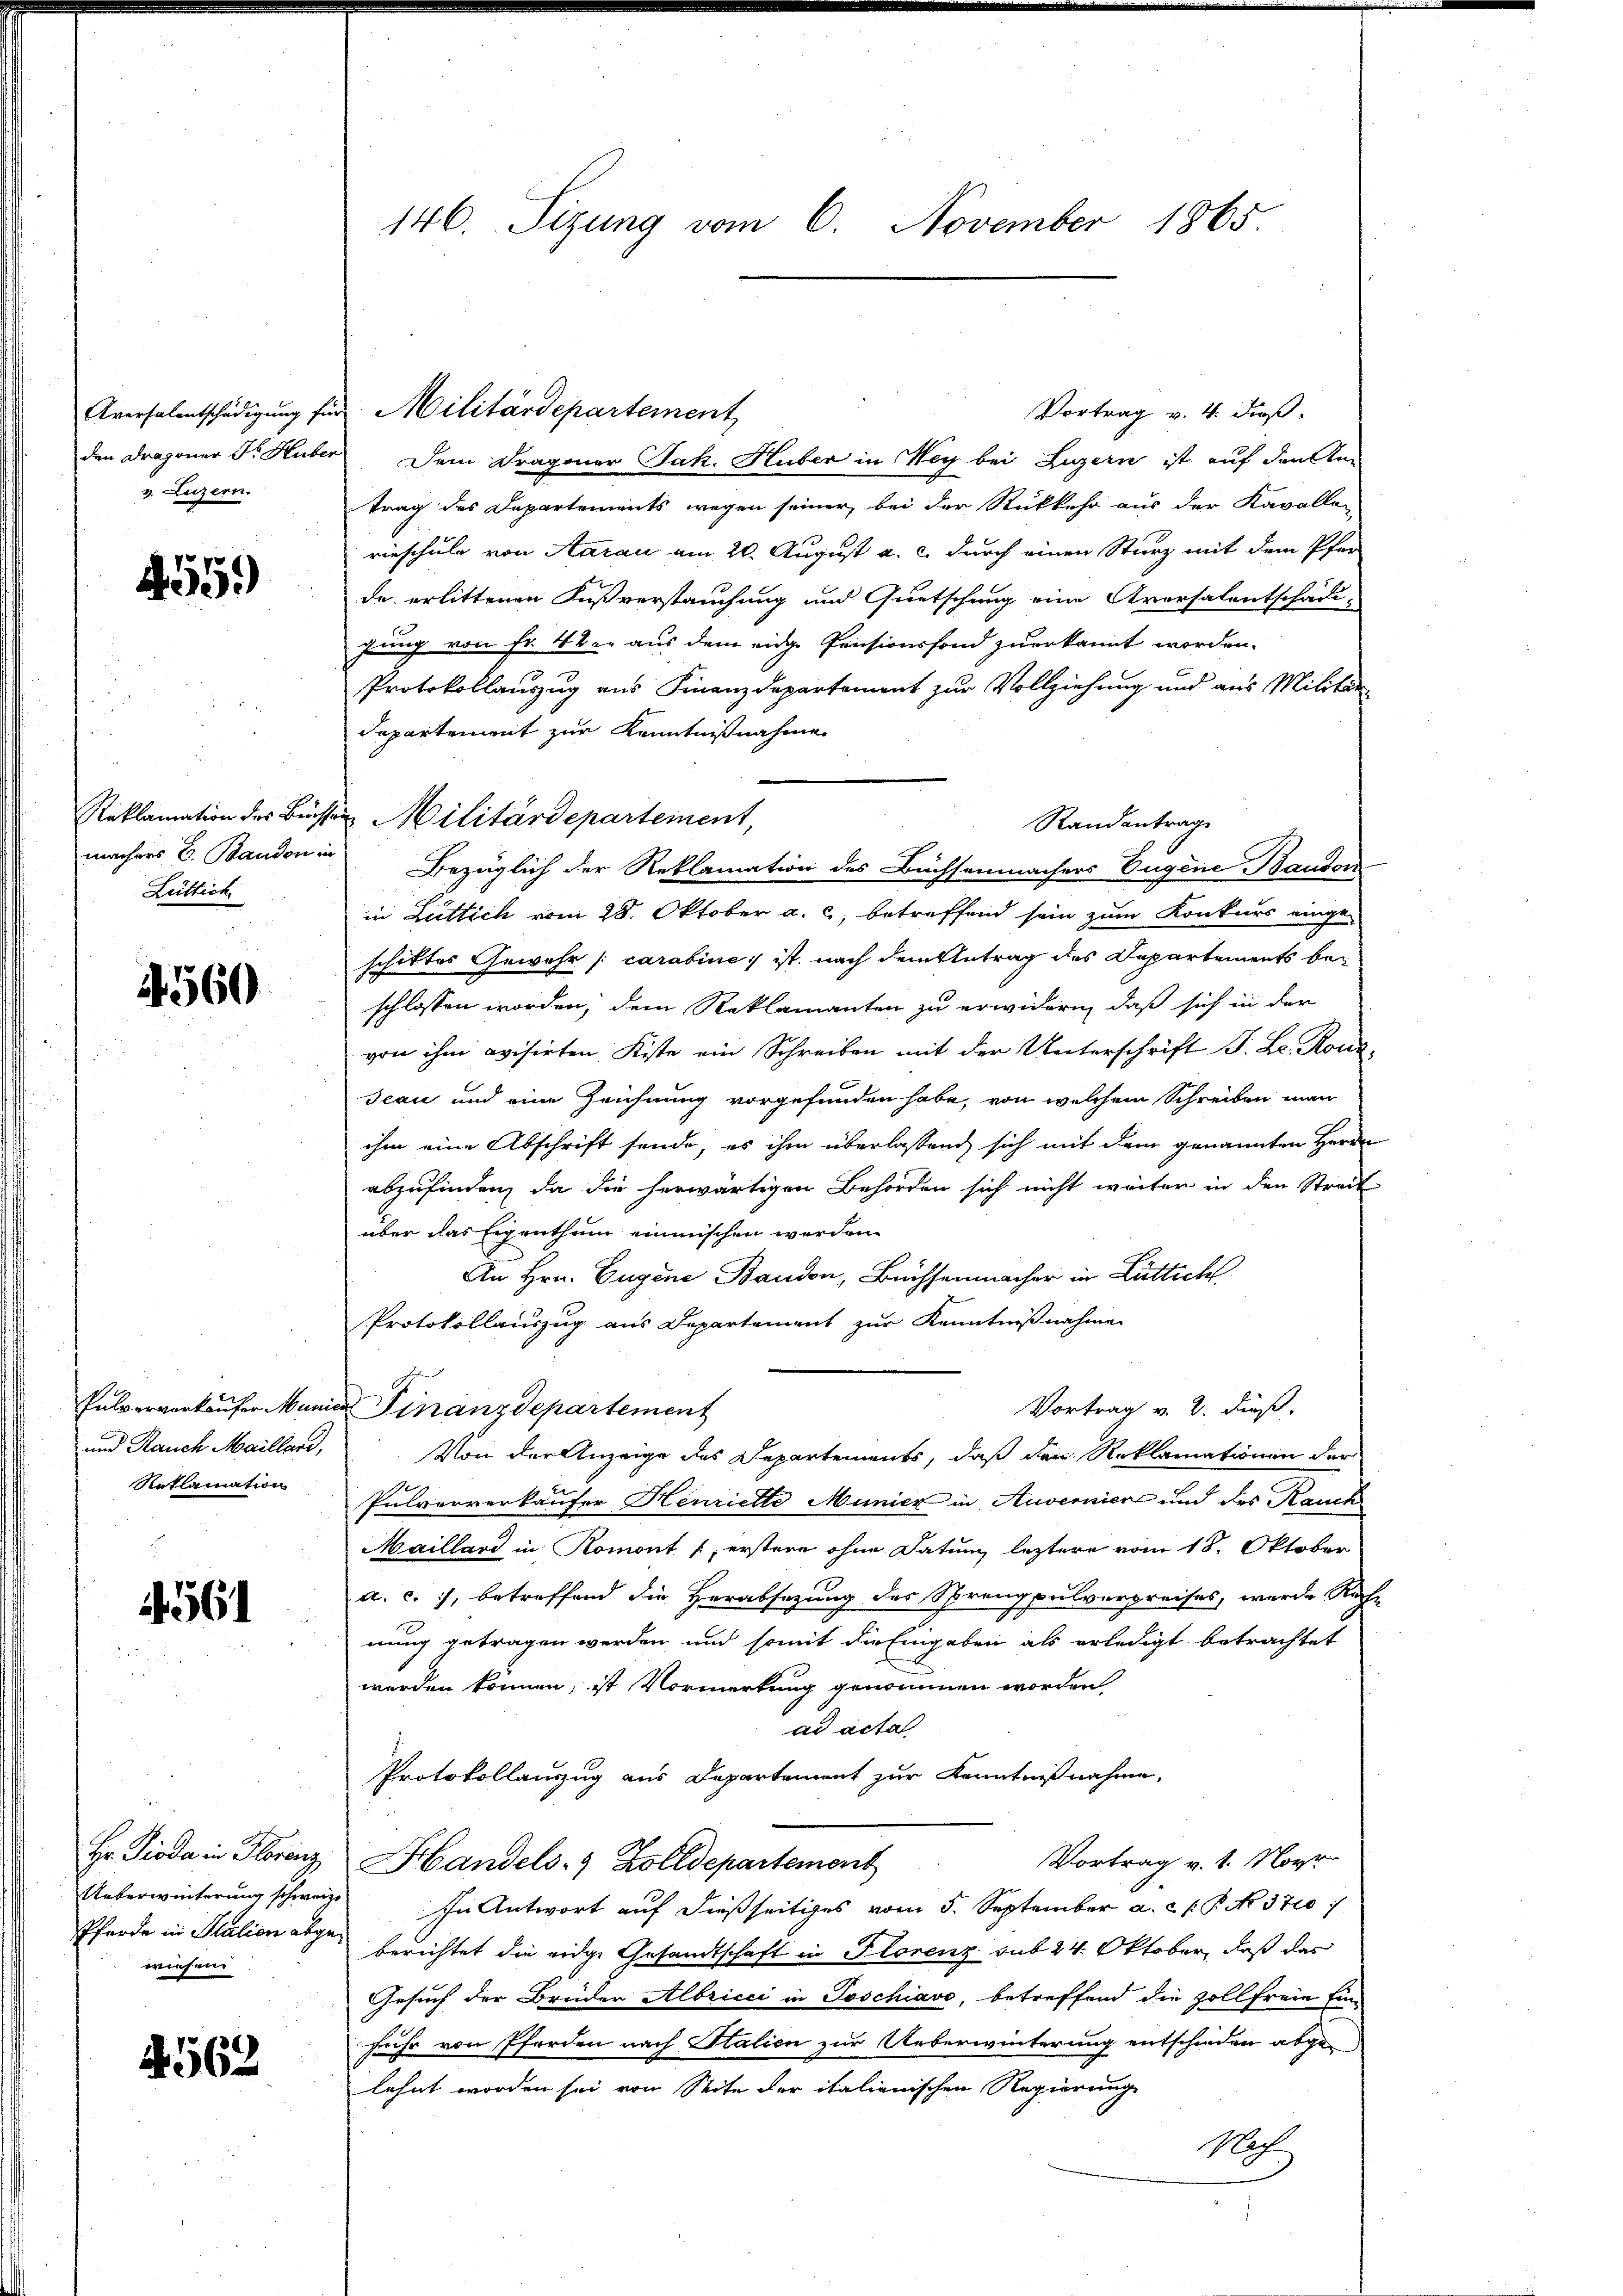
Aversalentschädigung für
den Dragoner Dr. Huber
v. Luzern.

4559)

Reklamation des Büchsen
machers E. Baudon in
Lüttich.

4560

Pulververkaufer Munic
und Rauch Mailland,
Reklamation

561

Hr. Pioda in Florenz
Ueberwinterung schweize
Pferde in Italien abgewiesen.

4569

146. Sizung vom 6. November 1865

Vortrag v. 4. dieß.
Dem Dragoner Jak. Huber in ey bei Luzern ist auf den Am
trag des Departements wegen seiner, bei der Rükkehr aus der Kavallen
rieschule von Aarau am 20. August a. c. durch einen Sturz mit dem Pfer
de erlittenen Fußverstaufung und Quetschung eine Aversalentschädi-
gung von Fr. 4 der aus dem eidge Pensionsfond zuerkannt worden.
Protokollauszug aus Finanzdepartement zur Vollziehung und aus Militär
departement zur Kenntnißnahme
Militärdepartement,
Randantrage
Bezüglich der Reklamation des Büchsenmachers Eugene Baudon
in Luttich vom 28. Oktober a. c., betreffend sein zum Konkurs eingeschiktes Gewehr [carabine, ist nach dem Antrag des Departements beschlossen worden, dem Reklamanten zu erwidern, daß sich in der
von ihm evisirten Kiste ein Schreiben mit der Unterschrift F. L. Rous
Jeau und eine Zeichnung vorgefunden habe, von welchem Schreiben man
ihm eine Abschrift sende, es ihm überlassend sich mit dem genannten Herrn
abzufinden, da die herwärtigen Behörden sich nicht weiter in den Streit
über das Eigenthum einmischen werden.
An Hrn. Eugene Banden, Büchsenmacher in Luttich
Protokollauszug aus Departement zur Kenntnißnahme
Vortrag v. 2. dieß.
 Finanzdepartement
Von der Anzeige des Departements, daß den Reklamationen der
e
Pulververkaufer Henriette Municz in Anvernier und des Rauch
Maillard in Romont 1, erstere ohne Datum leztere vom 18. Oktober
a. c. 7, betreffend die Verabsetzung des Sprengpulverpreises, wurde Rech-
nung getragen werden und somit die Eingaben als erledigt betrachtet
werden können, ist Vormerkung genommen worden
ad acta
Protokollauszug aus Departement zur Kenntnißnahme,
Vortrag v. 1. Nor
Handels- & Zolldepartement
In Antwort auf dießseitiges vom 5. September a. c. J. P. No. 370
berichtet die eidge Gesandtschaft in Florenz sub 24 Oktober, daß das
Gesuch der Brüder Albricci in Joschiavo, betreffend die Zollfreie Ein-
fuhr von Pferden nach Italien zur Ueberwinterung entschieden abgelehnt worden sei von Seite der italienischen Regierung
Nach

Militärdepartement